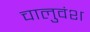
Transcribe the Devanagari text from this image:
चालुवंश